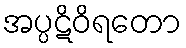
အပ္ပဋိဝိရတော